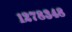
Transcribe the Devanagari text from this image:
१२७८३४८